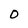
Character: O